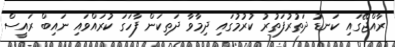
ރާއްޖޭގައި ކަނޑު ދަތުރުފަތުރު ކުރުމުގައި ދިމާވާ ދަތިކަން ފާހަގަ ކުރައްވައި ނައިބް ރައީސް